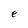
Character: e